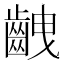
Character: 齥